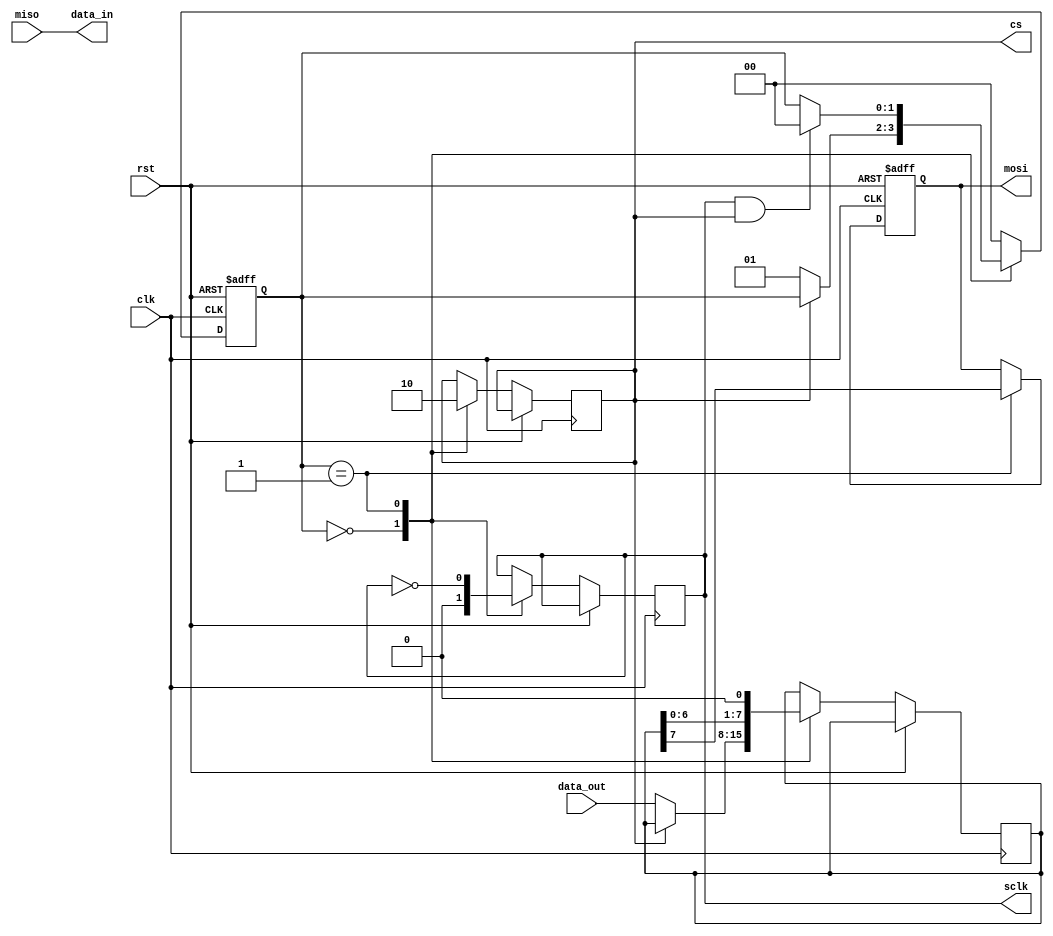
module spi_master (
    input wire clk,
    input wire rst,
    input wire [7:0] data_out,
    output wire data_in,
    output wire cs,
    output wire sclk,
    output reg mosi,
    input wire miso
);

// Define states for SPI communication
parameter IDLE = 2'b00;
parameter TRANSFER = 2'b01;

// Define registers for SPI operation
reg [7:0] data_reg;
reg [1:0] state_reg;

// Initialize module
initial begin
    state_reg <= IDLE;
    mosi <= 1'b0;
end

// State machine for SPI communication
always @ (posedge clk or posedge rst)
begin
    if (rst) begin
        state_reg <= IDLE;
        mosi <= 1'b0;
    end
    else begin
        case (state_reg)
            IDLE: begin
                cs <= 1'b1;
                sclk <= 1'b0;
                if (cs == 1'b0) begin
                    state_reg <= TRANSFER;
                    data_reg <= data_out;
                end
            end
            TRANSFER: begin
                cs <= 1'b0;
                sclk <= ~sclk;
                mosi <= data_reg[7];
                data_reg <= {data_reg[6:0], 1'b0};
                if (sclk && cs) begin
                    state_reg <= IDLE;
                end
            end
            default: state_reg <= IDLE;
        endcase
    end
end

// Read data from slave device
assign data_in = miso;

endmodule